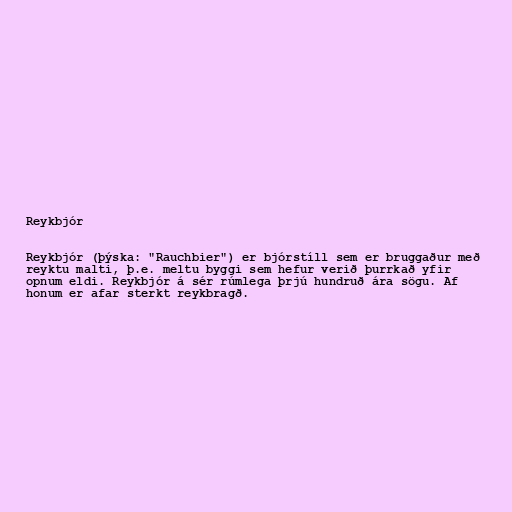
Reykbjór

Reykbjór (þýska: "Rauchbier") er bjórstíll sem er bruggaður með
reyktu malti, þ.e. meltu byggi sem hefur verið þurrkað yfir
opnum eldi. Reykbjór á sér rúmlega þrjú hundruð ára sögu. Af
honum er afar sterkt reykbragð.